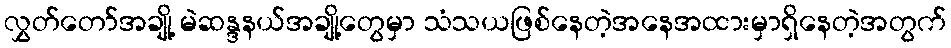
လွှတ်တော်အချို့ မဲဆန္ဒနယ်အချို့တွေမှာ သံသယဖြစ်နေတဲ့အနေအထားမှာရှိနေတဲ့အတွက်